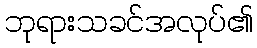
ဘုရားသခင်အလုပ်၏